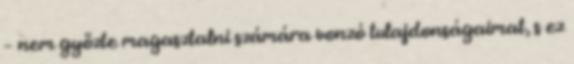
– nem győzte magasztalni számára vonzó tulajdonságaimat, s ez